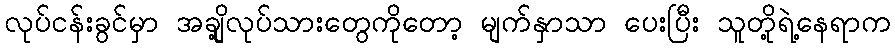
လုပ်ငန်းခွင်မှာ အချို့လုပ်သားတွေကိုတော့ မျက်နှာသာ ပေးပြီး သူတို့ရဲ့နေရာက